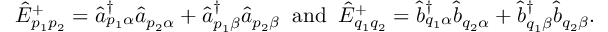
\begin{array} { r } { \hat { E } _ { p _ { 1 } p _ { 2 } } ^ { + } = \hat { a } _ { p _ { 1 } \alpha } ^ { \dagger } \hat { a } _ { p _ { 2 } \alpha } + \hat { a } _ { p _ { 1 } \beta } ^ { \dagger } \hat { a } _ { p _ { 2 } \beta } \; \; \mathrm { a n d } \; \; \hat { E } _ { q _ { 1 } q _ { 2 } } ^ { + } = \hat { b } _ { q _ { 1 } \alpha } ^ { \dagger } \hat { b } _ { q _ { 2 } \alpha } + \hat { b } _ { q _ { 1 } \beta } ^ { \dagger } \hat { b } _ { q _ { 2 } \beta } . } \end{array}